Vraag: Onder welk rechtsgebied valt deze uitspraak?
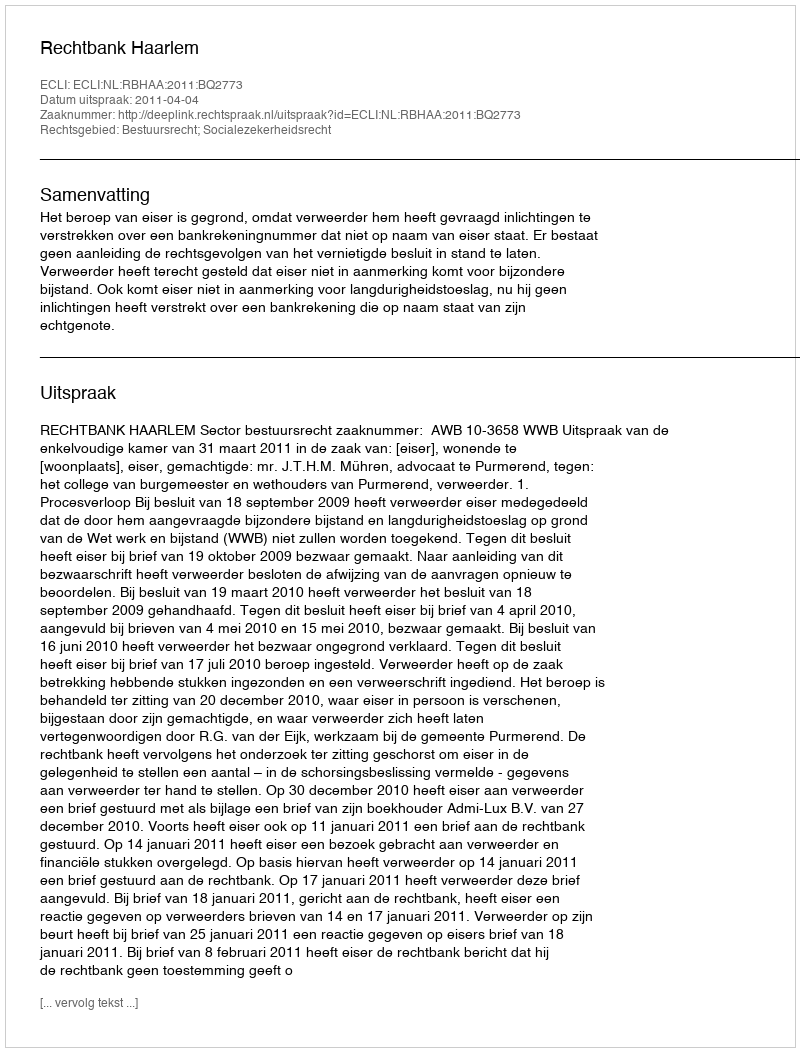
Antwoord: Bestuursrecht; Socialezekerheidsrecht